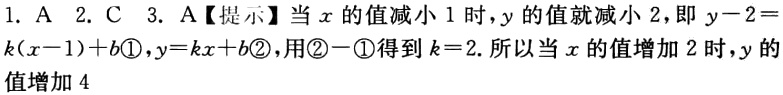
1. A  2. C  3. A【提示】当\(x\)的值减小\(1\)时，\(y\)的值就减小\(2\)，即\(y - 2=k(x - 1)+b\)\textcircled{1}，\(y = kx + b\)\textcircled{2}，用\textcircled{2}\(-\)\textcircled{1}得到\(k = 2\)。所以当\(x\)的值增加\(2\)时，\(y\)的值增加\(4\)